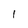
Character: I